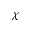
\chi